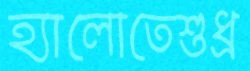
হ্যালোতেশুধ্‌র